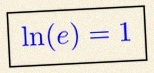
\ln(e)=1